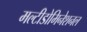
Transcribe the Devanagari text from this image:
मल्टीडोमिनेशनल